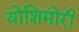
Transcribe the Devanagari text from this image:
योशिमोरी